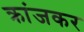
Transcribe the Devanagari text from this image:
क्रांजकर